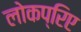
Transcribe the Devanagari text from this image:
लोकप्रिए